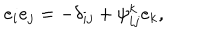
e _ { i } e _ { j } = - \delta _ { i j } + \psi _ { i j } ^ { k } e _ { k } ,